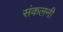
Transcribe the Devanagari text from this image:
संकलनी